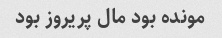
مونده بود مال پریروز بود